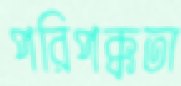
পরিপক্কতা